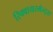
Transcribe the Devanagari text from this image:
रिक्वायरमेन्ट्स